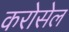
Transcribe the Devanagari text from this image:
करोसेल